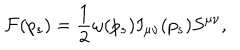
{ \cal F } ( p _ { s } ) = \frac { 1 } { 2 } \omega ( p _ { s } ) I _ { \mu \nu } ( p _ { s } ) S ^ { \mu \nu } ,